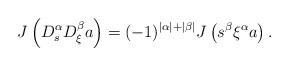
LaTeX: \begin{align*} J\left(D_s^\alpha D_\xi^\beta a\right) = (-1)^{|\alpha|+|\beta|} J\left(s^\beta \xi^\alpha a\right). \end{align*}